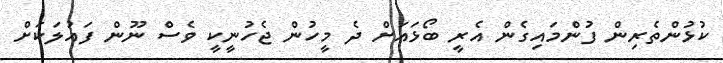
ކުޅުންތެރިން ފުންމައިގެން އެރީ ބޯޅައަށް ދެ މީހުން ޖެހުނީކީ ވެސް ނޫން ފައުލަކަށް